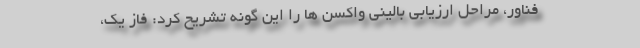
فناور، مراحل ارزیابی بالینی واکسن ها را این گونه تشریح کرد: فاز یک،